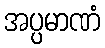
အပ္ပမာဏံ